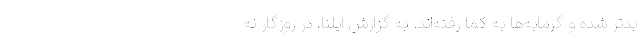
بدتر شده و گرمابه‌ها به کما رفته‌اند. به گزارش ایلنا، در روزگار نه